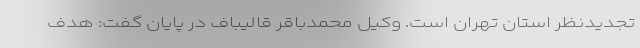
تجدیدنظر استان تهران است. وکیل محمدباقر قالیباف در پایان گفت: هدف